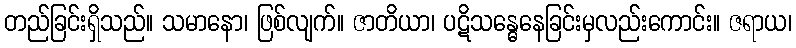
တည်ခြင်းရှိသည်။ သမာနော၊ ဖြစ်လျက်။ ဇာတိယာ၊ ပဋိသန္ဓေနေခြင်းမှလည်းကောင်း။ ဇရာယ၊